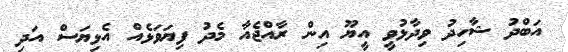
އަބްދު ޝާހިދު ވިދާޅުވީ އީޔޫ އިން ރާއްޖެއާ މެދު ފިޔަވަޅެއް އެޅިޔަސް އަދި